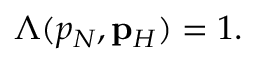
\begin{array} { r } { \Lambda ( p _ { N } , { \bf p } _ { H } ) = 1 . } \end{array}